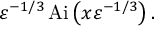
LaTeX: \varepsilon ^ { - 1 / 3 } \operatorname { A i } \left( x \varepsilon ^ { - 1 / 3 } \right) .